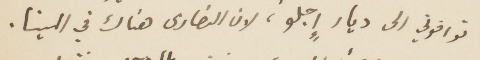
توافوني الى ديار إجلو، لان النصارى هناك في المينا.